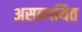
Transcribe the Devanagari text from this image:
असन्गथित